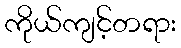
ကိုယ်ကျင့်တရား